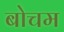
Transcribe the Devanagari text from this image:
बोचम